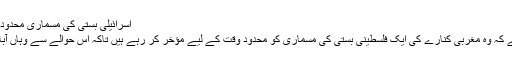
اسرائیلی بستی کی مسماری محدود وقت کے لیے مؤخر کی جا رہی ہے، نیتن یاہو
اسرائیلی وزیر اعظم بینجمن نیتن یاہو نے کہا ہے کہ وہ مغربی کنارے کی ایک فلسطینی بستی کی مسماری کو محدود وقت کے لیے مؤخر کر رہے ہیں تاکہ اس حوالے سے وہاں آباد لوگوں سے کسی معاہدے تک پہنچا جا سکے۔